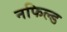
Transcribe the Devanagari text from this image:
नफिल्ड